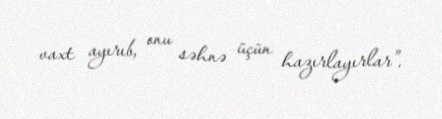
vaxt ayırıb, onu səhnə üçün hazırlayırlar”.